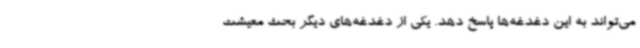
می‌تواند به این دغدغه‌ها پاسخ دهد. یکی از دغدغه‌های دیگر بحث معیشت